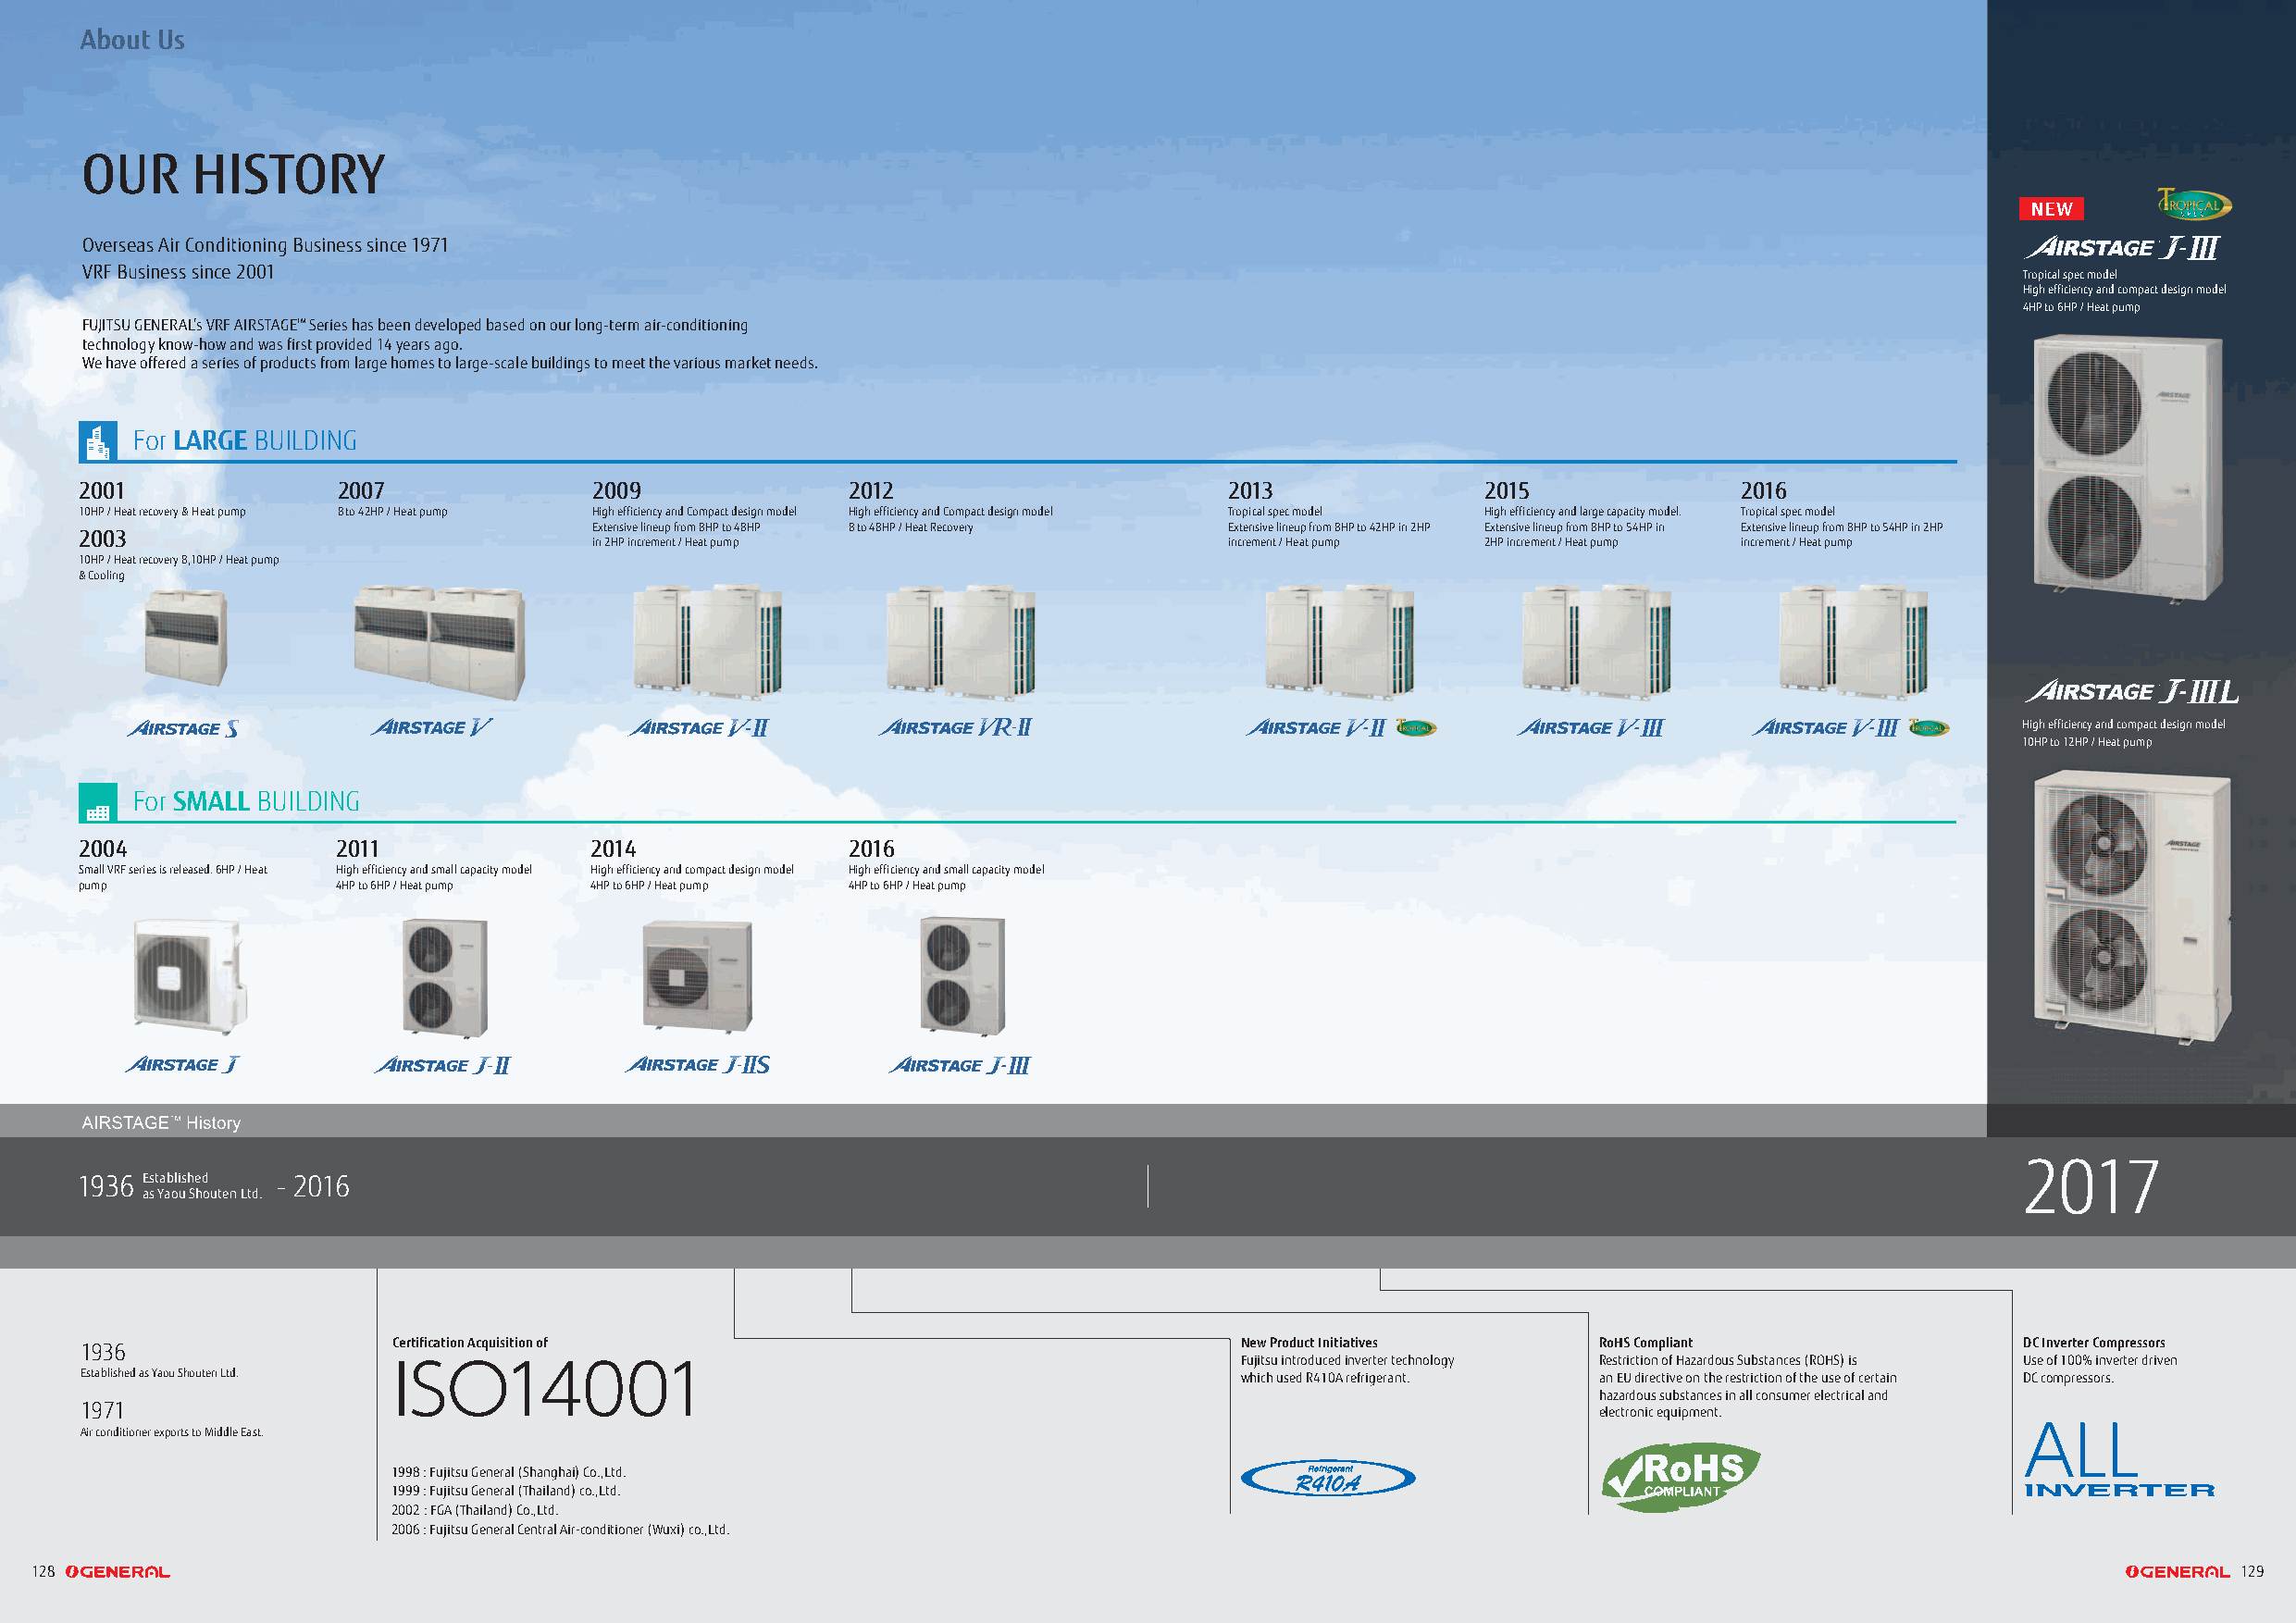
AAAAbbbboooouuuutttt UUUUsss
 OUR     HISTORY
 NEW
 Overseas Air Conditioning Business since 1971
 VRF Business since 2001                                                                                                                    Tropical spec model
 High efficiency and compact design model
 4HP to 6HP / Heat pump
 FUJITSU GENERAL’s VRF AIRSTAGETM Series has been developed based on our long-term air-conditioning
 technology know-how and was first provided 14 years ago.
 We have offered a series of products from large homes to large-scale buildings to meet the various market needs.
 For LARGGGE BUILDING
 2001              2007              2009               2012                       2013              2015               2016
 10HP / Heat recovery & Heat pump 8 to 42HP / Heat pump High efficiency and Compact design model High efficiency and Compact design model Tropical spec model High efficiency and large capacity model. Tropical spec model
 2003
 Extensive lineup from 8HP to 48HP 8 to 48HP / Heat Recovery Extensive lineup from 8HP to 42HP in 2HP Extensive lineup from 8HP to 54HP in Extensive lineup from 8HP to 54HP in 2HP
 in 2HP increment / Heat pump                  increment / Heat pump 2HP increment / Heat pump increment / Heat pump
 10HP / Heat recovery 8,10HP / Heat pump
 & Cooling
 High efficiency and compact design model
 10HP to 12HP / Heat pump
 For SMALL BUILDING
 2004              2011              2014               2016
 Small VRF series is released. 6HP / Heat High efficiency and small capacity model High efficiency and compact design model High efficiency and small capacity model
 pump              4HP to 6HP / Heat pump 4HP to 6HP / Heat pump 4HP to 6HP / Heat pump
 2017
 1936 Established - 2016
 as Yaou Shouten Ltd.
 1936                  Certification Acquisition of                                 New Product Initiatives  RoHS Compliant                 DC Inverter Compressors
 Fujitsu introduced inverter technology Restriction of Hazardous Substances (ROHS) is Use of 100% inverter driven
 Established as Yaou Shouten Ltd.                                                   which used R410A refrigerant. an EU directive on the restriction of the use of certain DC compressors.
 hazardous substances in all consumer electrical and
 1971                                                                                                        electronic equipment.
 Air conditioner exports to Middle East.
 1998 : Fujitsu General (Shanghai) Co.,Ltd.
 1999 : Fujitsu General (Thailand) co.,Ltd.
 2002 : FGA (Thailand) Co.,Ltd.
 2006 : Fujitsu General Central Air-conditioner (Wuxi) co.,Ltd.
 128                                                                                                                                                           129